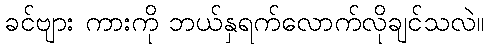
ခင်ဗျား ကားကို ဘယ်နှရက်လောက်လိုချင်သလဲ။